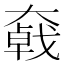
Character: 𡚄